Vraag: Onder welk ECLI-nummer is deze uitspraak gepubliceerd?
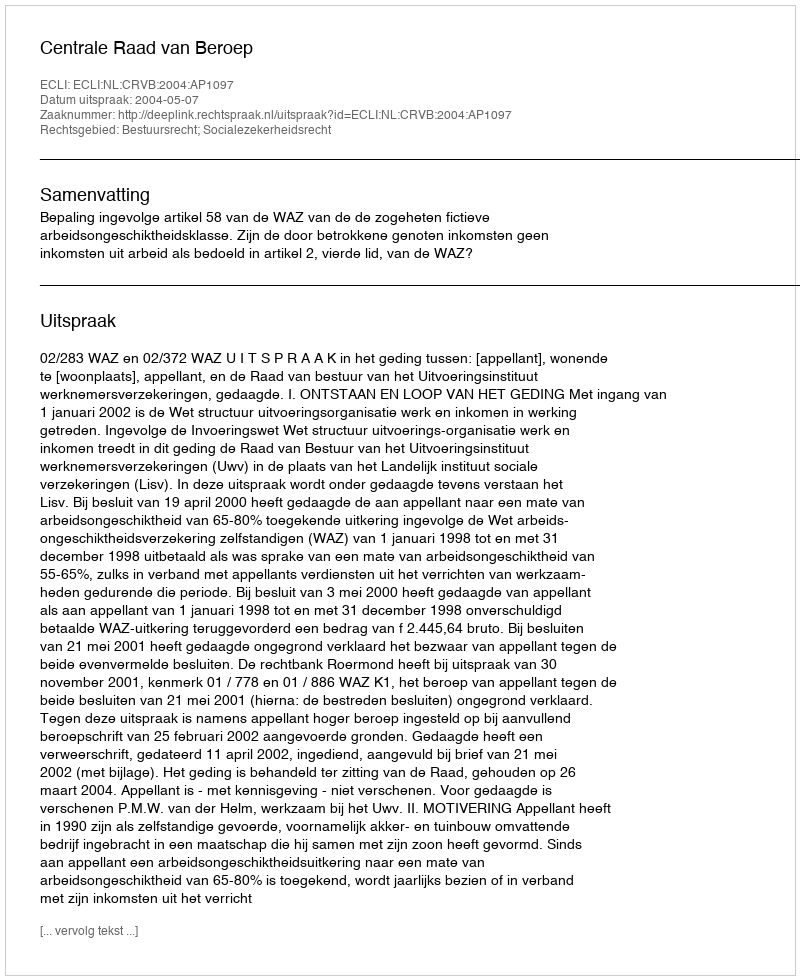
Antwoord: ECLI:NL:CRVB:2004:AP1097